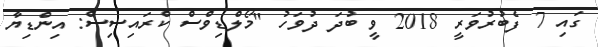
ގައި 7 ފެބުރުވަރީ 2018 ވީ ބުދަ ދުވަހު "މޯލްޑިވްސް ކްރައިސިސް: އިންޑިޔާ